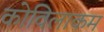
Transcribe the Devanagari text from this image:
कोविलाकम